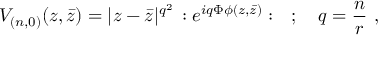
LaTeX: V _ { ( n , 0 ) } ( z , \bar { z } ) = | z - \bar { z } | ^ { q ^ { 2 } } \, : e ^ { i q \Phi \phi ( z , \bar { z } ) } : \quad ; \quad q = \frac { n } { r } \ ,